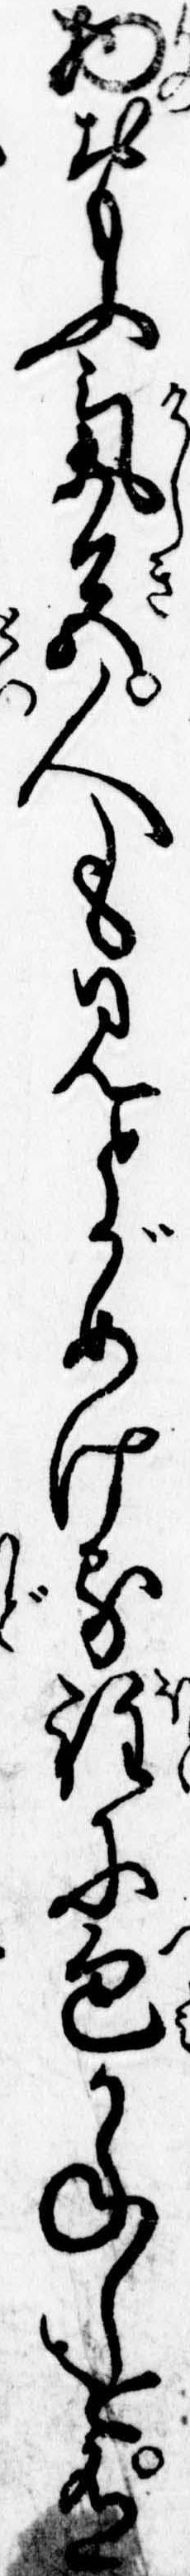
物おもふ気色人も見とがめける程に包かねしを有